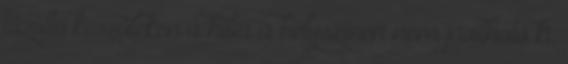
tûzoltó készüléken a hiba a helyszínen nem javítható ki,